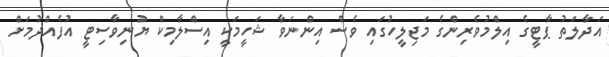
އަދާލަތު ޕާޓީގެ އިލްމުވެރިންގެ މަޖިލީހުގައި ވެސް އިންނަވާ ޝަހީމަކީ އިސްލާމިކް ޔުނިވާސިޓީ އުފެއްދުމަށް